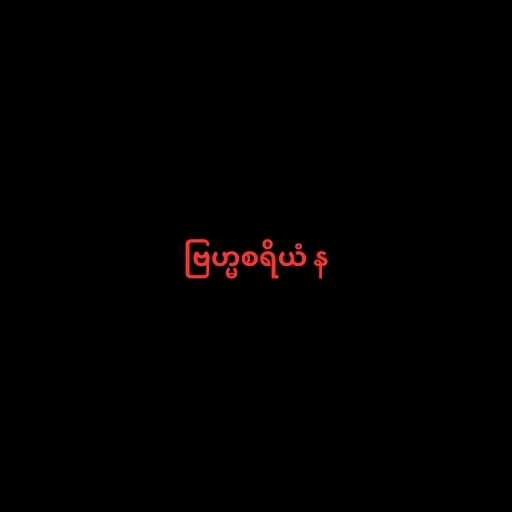
ဗြဟ္မစရိယံ န